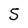
Character: 5